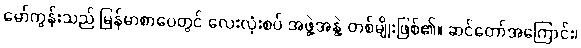
မော်ကွန်းသည် မြန်မာစာပေတွင် လေးလုံးစပ် အဖွဲ့အနွဲ့ တစ်မျိုးဖြစ်၏။ ဆင်တော်အကြောင်း၊